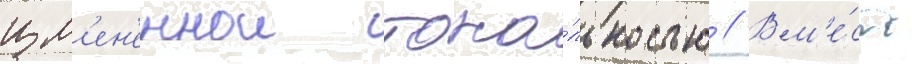
изм'ен'еннои тона́льностью // Вм'е́сто